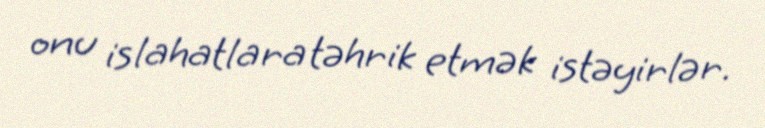
onu islahatlara təhrik etmək istəyirlər.